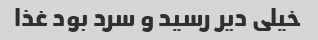
خیلی دیر رسید و سرد بود غذا